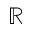
\mathbb { R }